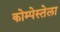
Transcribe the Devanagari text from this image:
कोम्पेस्तेला